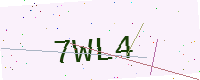
Text: 7WL4